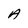
Character: A